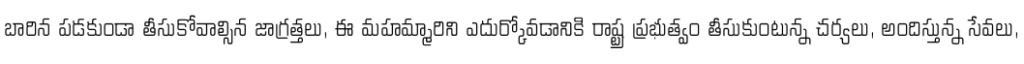
బారిన పడకుండా తీసుకోవాల్సిన జాగ్రత్తలు, ఈ మహమ్మారిని ఎదుర్కోవడానికి రాష్ట్ర ప్రభుత్వం తీసుకుంటున్న చర్యలు, అందిస్తున్న సేవలు,